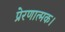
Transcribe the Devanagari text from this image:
प्रेरणात्मक।